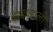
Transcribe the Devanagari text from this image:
वंशवादाला